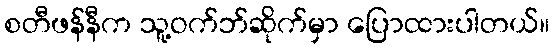
စတီဖန်နီက သူ့ဝက်ဘ်ဆိုက်မှာ ပြောထားပါတယ်။